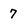
Character: 7